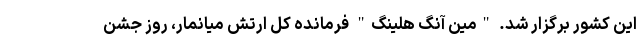
این کشور برگزار شد. "مین آنگ هلینگ" فرمانده کل ارتش میانمار، روز جشن